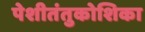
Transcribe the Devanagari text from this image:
पेशीतंतुकोशिका